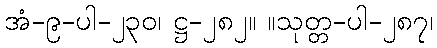
အံ-၉-ပါ-၂၃၀၊ ဋ္ဌ-၂၈၂။ ။သုတ္တ-ပါ-၂၈၇၊